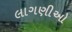
લાગણીઓ